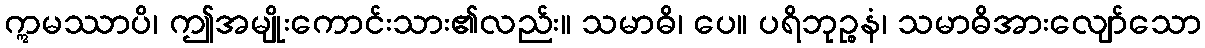
ဣမဿာပိ၊ ဤအမျိုးကောင်းသား၏လည်း။ သမာဓိ၊ ပေ။ ပရိဘုဉ္စနံ၊ သမာဓိအားလျော်သော